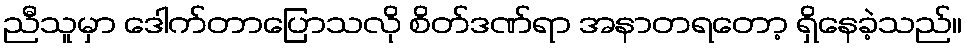
ညီသူမှာ ဒေါက်တာပြောသလို စိတ်ဒဏ်ရာ အနာတရတော့ ရှိနေခဲ့သည်။